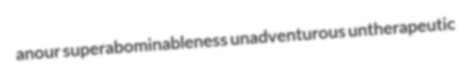
anour superabominableness unadventurous untherapeutic